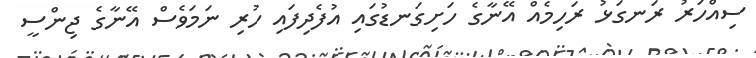
ސިއްހަރު ރަނގަޅު ރަހިމެއް އޭނާގެ ހަށިގަނޑުގައި އުފެދިފައި ހުރި ނަމަވެސް އޭނާގެ ޖިންސީ